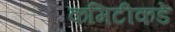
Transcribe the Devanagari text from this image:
कमिटीकडे